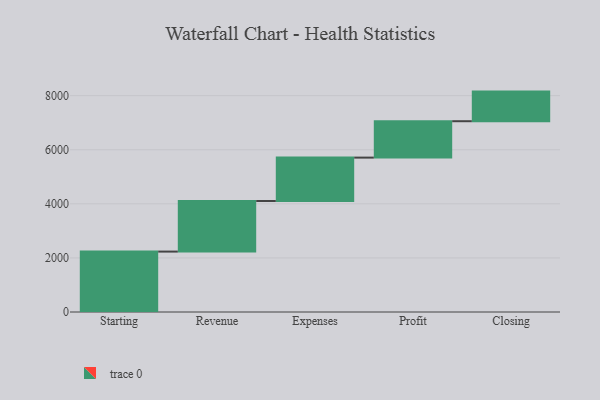
{"axis": {"x": "Step", "y": "Value"}, "legend": [""], "data": [{"x": "Starting", "y": 2234.0, "type": ""}, {"x": "Revenue", "y": 1870.0, "type": ""}, {"x": "Expenses", "y": 1605.0, "type": ""}, {"x": "Profit", "y": 1346.0, "type": ""}, {"x": "Closing", "y": 1095.0, "type": ""}]}